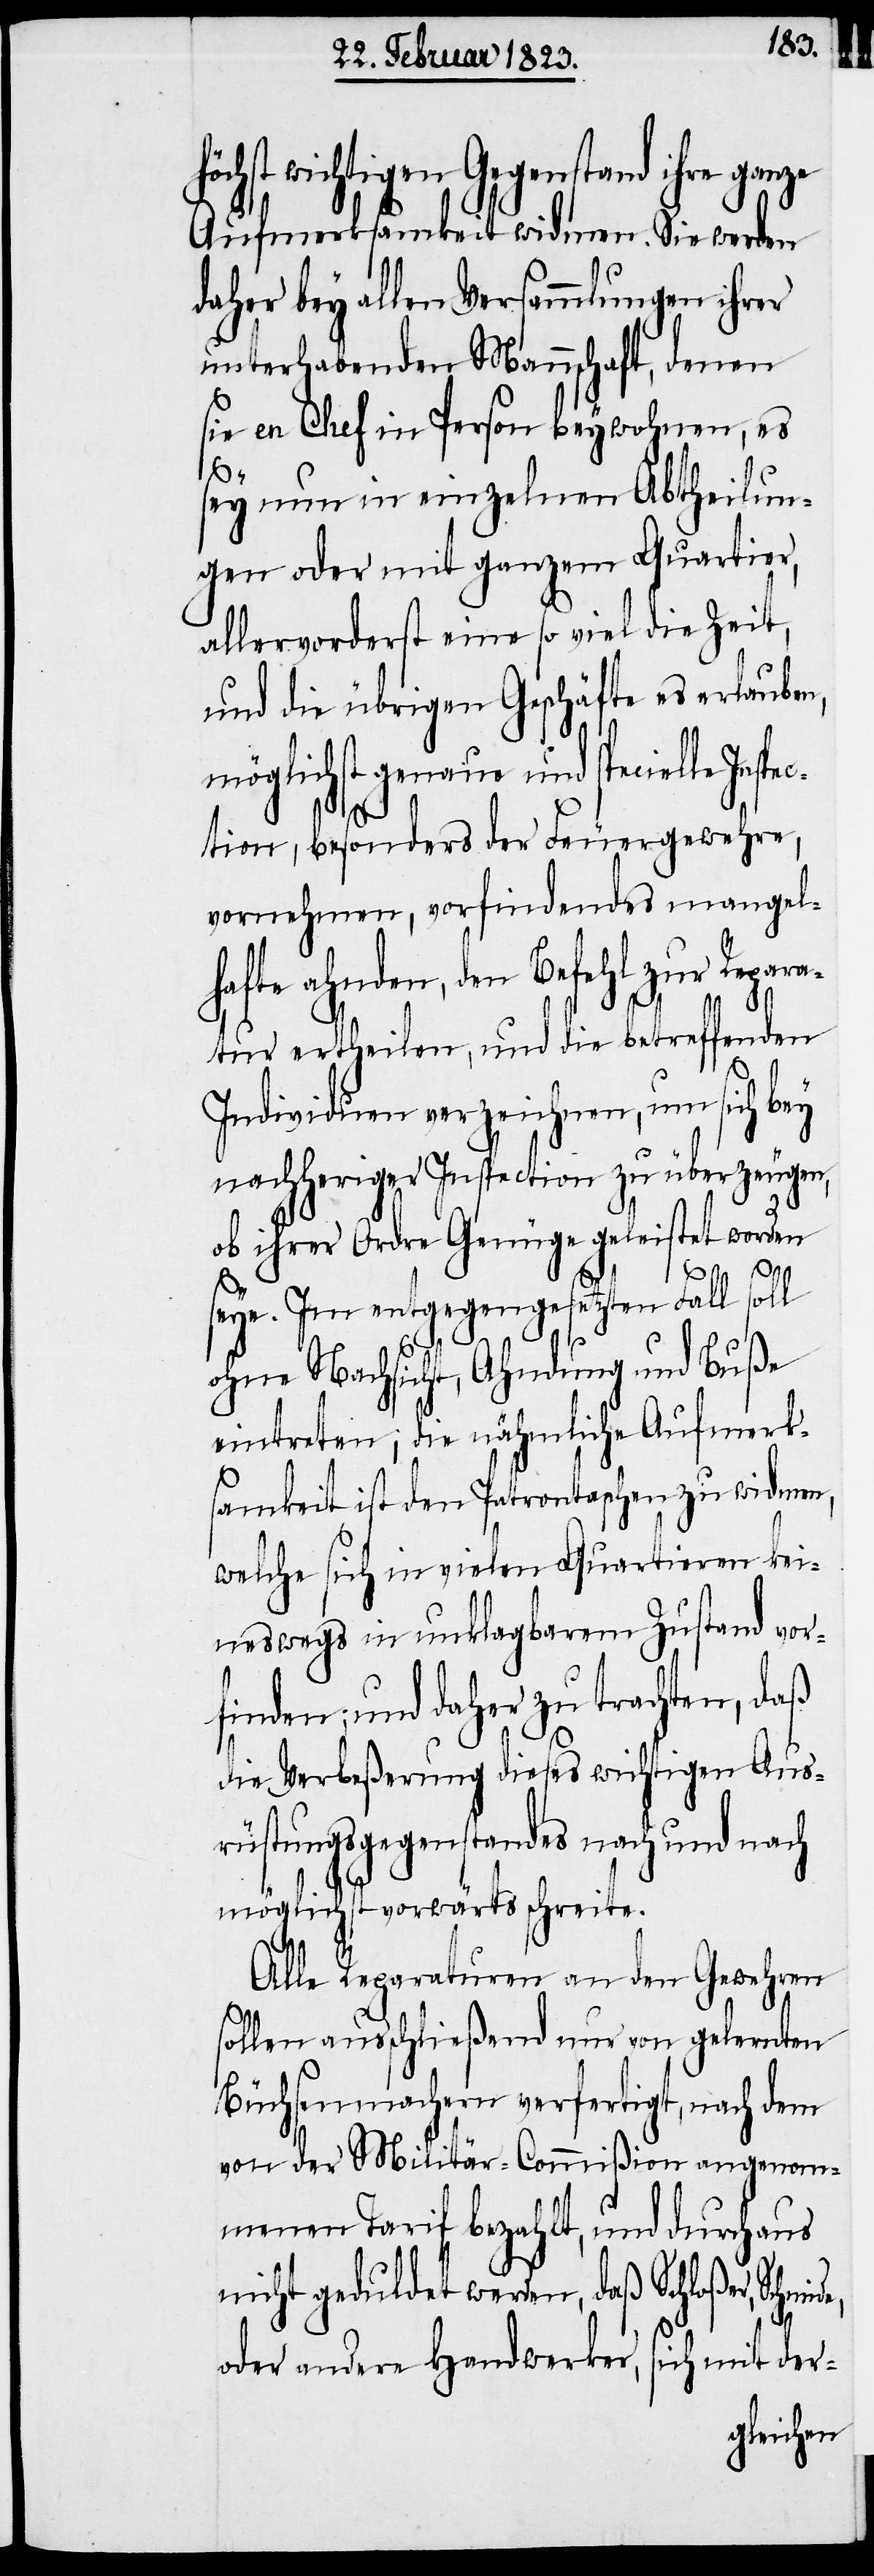
öchst wichtigen Gegenstand ihre gan¬
Aufmerksamkeit widmen. Sie werden
daher bey allen Versammlungen ihrer
unterhabenden Mannschaft, denen
sie en Chef in Person beywohnen, es
e,
ey nun in einzelnen Abtheilun¬
gen oder mit ganzem Quartier,
allervorderst eine so viel die Zeit,
und die übrigen Geschäfte es erlauben,
möglichst genaue und specielle Inspec¬
tion, besonders der Feuergewehre,
vornehmen, vorfindendes mangelh¬
afte ahnden, den Befehl zur Repar¬
atur ertheilen, und die betreffenden
Individuen verzeichnen, um sich bey
nachheriger Inspection zu überzeugen,
ob ihrer Ordre Genüge geleistet worden
seye. Im entgegengesetzten Fall soll
ohne Nachsicht, Ahndung und Buße
eintreten; die nähmliche Aufmerks¬
amkeit ist den Patrontaschen zu widmen,
welche sich in vielen Quartieren kei¬
neswegs in unklagbarem Zustand vor¬
finden; und daher zu trachten, daß
die Verbeßerung dieses wichtigen Aus¬
rüstungsgegenstandes nach und nach
möglichst vorwärts schreite.
Alle Reparaturen an den Gewehren
sollen anschließend nur von gelernten
Büchsenmachern verfertigt, nach dem
von der Militär-Commißion angenom¬
menen Tarif bezahlt, und durchaus
nicht geduldet werden, daß Schloßer, Schmid¬
oder andere Handwerker, sich mit der-